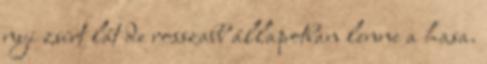
nyi zsírt lát de rosszabb állapotban lenne a hasa.